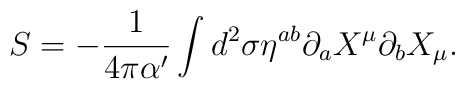
S =-\frac{1}{4 \pi \alpha'}  \int d^2 \sigma \eta^{ab} \partial_a X^\mu \partial_b X_\mu.